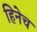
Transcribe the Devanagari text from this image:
हिनेच